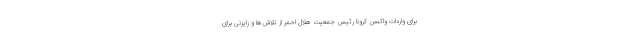
برای واردات واکسن کرونا رئیس جمعیت هلال احمر از تلاش‌ها و رایزنی برای